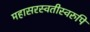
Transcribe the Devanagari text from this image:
महासरस्वतीस्वरुपि